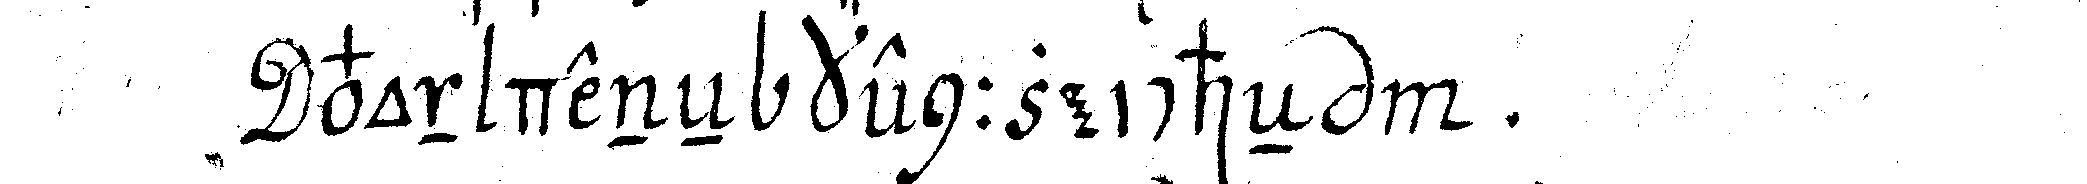
von deneN keNnnzeicheN  .